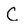
Character: C